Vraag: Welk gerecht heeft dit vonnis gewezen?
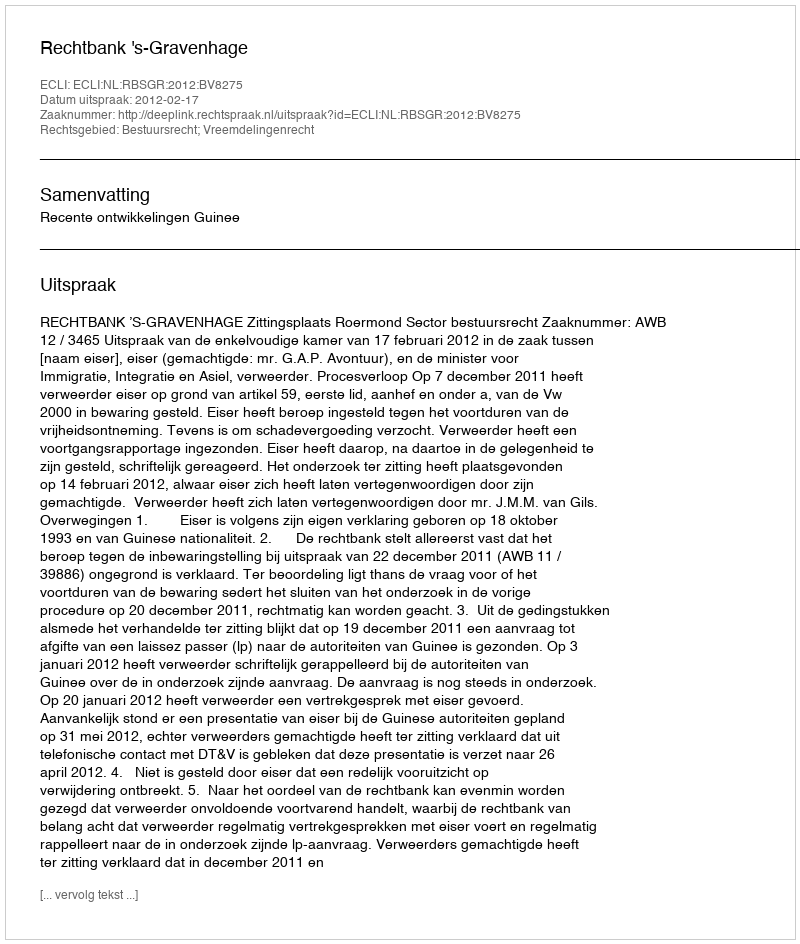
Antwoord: Rechtbank 's-Gravenhage